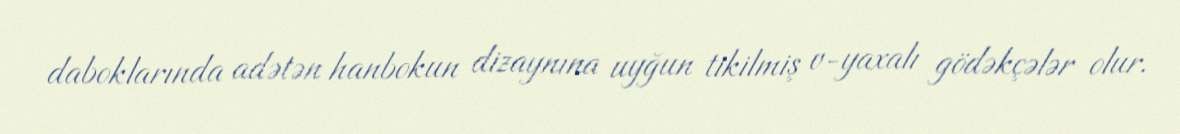
daboklarında adətən hanbokun dizaynına uyğun tikilmiş v-yaxalı gödəkçələr olur.